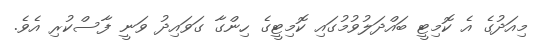
މިއަދުގެ އެ ކޮމިޓީ ބައްދަލުވުމުގައި ކޮމިޓީގެ ހިންގާ ގަވައިދު ވަނީ ފާސްކުރި އެވެ.